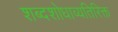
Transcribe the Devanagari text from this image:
शब्दशोधाव्यतिरिक्त